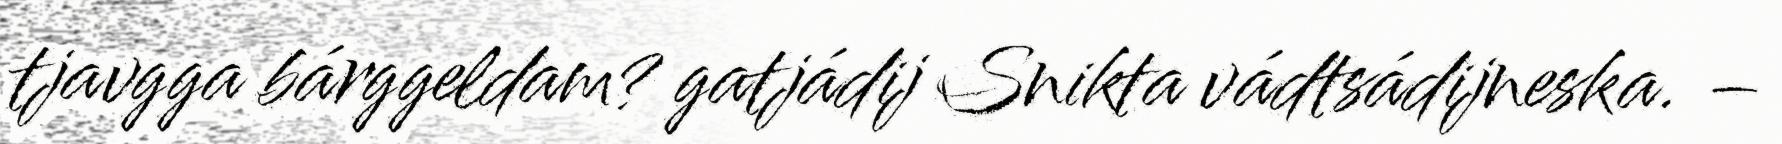
tjavgga bárggeldam? gatjádij Snikta vádtsádijneska. –